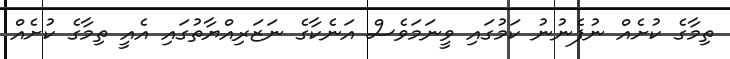
ތިމާގެ ކުށެއް ނުފެނުނު ކަމުގައި ވީނަމަވެސް އަނެކާގެ ނަޒަރިއްޔާތުގައި އެއީ ތިމާގެ ކުށެއް